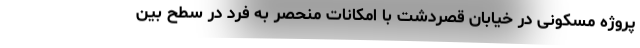
پروژه مسکونی در خیابان قصردشت با امكانات منحصر به فرد در سطح بين‌